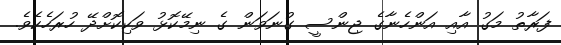
ފަރާތު މަގު އާއި އަންހެނާގެ ޖިންސީ ގުނަވަން ގެ ނިމޭކޮޅު ވަކިކޮށްދޭ ހުރަހެކެވެ.